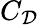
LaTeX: C_{\mathcal{D}}